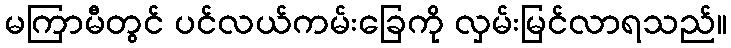
မကြာမီတွင် ပင်လယ်ကမ်းခြေကို လှမ်းမြင်လာရသည်။